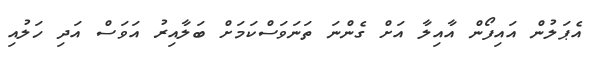
އެޕަލުން އައިފޯން އާއިލާ އަށް ގެންނަ ތަނަވަސްކަމަށް ބަލާއިރު އަވަސް އަދި ހަލުއި